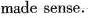
made sense.